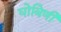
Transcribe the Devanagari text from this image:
घोबिणी